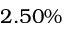
2 . 5 0 \%